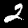
Digit: 2